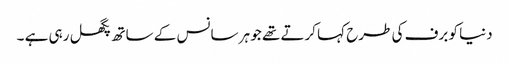
دنیا کو برف کی طرح کہا کرتے تھے جو ہر سانس کے ساتھ پگھل رہی ہے ۔